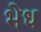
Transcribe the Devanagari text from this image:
भेध